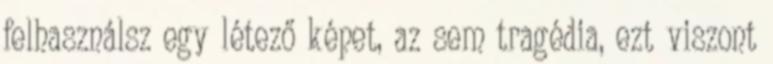
felhasználsz egy létező képet, az sem tragédia, ezt viszont